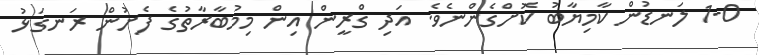
1-0 ލަނޑުން ކާމިޔާބު ކޮށްގެންނެވެ. އަދި ގްރީން އިން މިމުބާރާތުގެ ފެށުން ރަނގަޅު